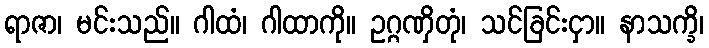
ရာဇာ၊ မင်းသည်။ ဂါထံ၊ ဂါထာကို။ ဥဂ္ဂဏှိတုံ၊ သင်ခြင်းငှာ။ နာသက္ခိ၊